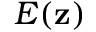
E ( \mathbf { z } )